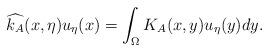
LaTeX: \begin{align*}\widehat{k_{A}}(x,\eta)u_{\eta}(x)=\int_{\Omega}K_{A}(x,y)u_{\eta}(y)dy.\end{align*}